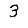
Digit: 3